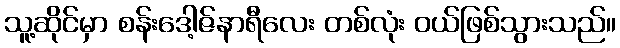
သူ့ဆိုင်မှာ စန်းဒေါ့ဇ်နာရီလေး တစ်လုံး ဝယ်ဖြစ်သွားသည်။